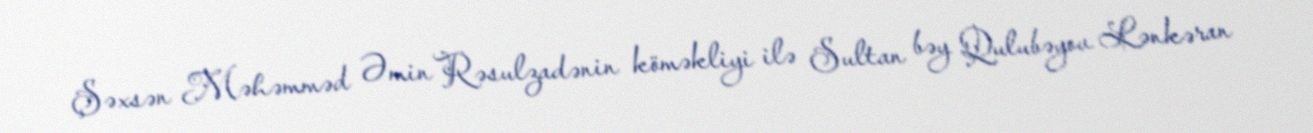
Şəxsən Məhəmməd Əmin Rəsulzadənin köməkliyi ilə Sultan bəy Qulubəyov Lənkəran